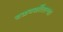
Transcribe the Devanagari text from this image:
चळवळींतल्या